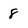
Character: 8